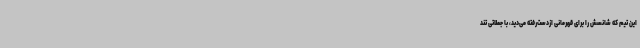
این تیم که شانسش را برای قهرمانی ازدست‌رفته می‌دید، با جملاتی تند